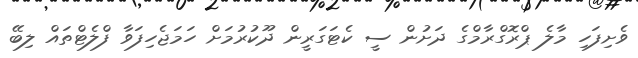
ވެށިފަހި މާލެ ޕްރޮގްރާމްގެ ދަށުން ސީ ކެޓަގަރީން ދޫކުރުމަށް ހަމަޖެހިފަވާ ފްލެޓްތައް ލިބޭ